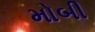
મોબી